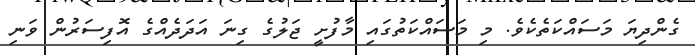
ގެންދިޔަ މަސައްކަތެކެވެ. މި މަސައްކަތުގައި މާފުށީ ޖަލުގެ ގިނަ އަދަދެއްގެ އޮފިސަރުން ވަނި